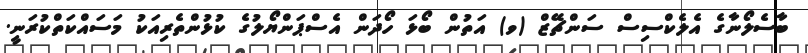
ބާސެލޯނާގެ އެލެކްސިސް ސަންޗޭޒް (ވ) އަތުން ބޯޅަ ހޯދަން އެސްޕަންޔޯލުގެ ކުޅުންތެރިއަކު މަސައްކަތްކުރަނީ.